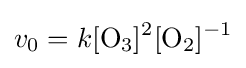
v_{0}=k{\ce {[O_3]^2}}{\ce {[O_2]^{-1}}}